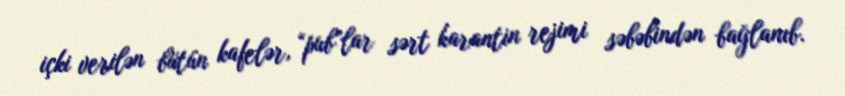
içki verilən bütün kafelər, “pub”lar sərt karantin rejimi səbəbindən bağlanıb.